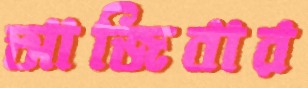
আজিবার